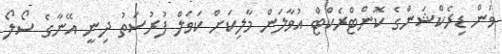
ވަން ޑިރެކްޝަންގެ ކޮންޓްރެކްޓް އުވާލަން މާލިކަށް ކަވަލް ފުރުސަތު ދިނީ އޭނާގެ ސޯލޯ